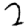
Digit: 2